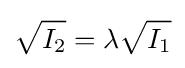
{\sqrt {I_{2}}}=\lambda {\sqrt {I_{1}}}